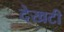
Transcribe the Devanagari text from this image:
देखटी